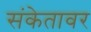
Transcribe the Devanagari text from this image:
संकेतावर